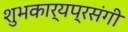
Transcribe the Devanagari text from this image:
शुभकार्यप्रसंगी